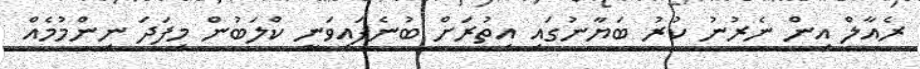
ރެއާލް އިން ނެރުނު ކުރު ބަޔާނުގައި އިތުރަށް ބުނެފައިވަނީ ކްލަބުން މިފަދަ ނިންމުމެއް